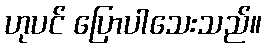
ဟုပင် ပြောပါသေးသည်။